Punjab Mental Hospital Lahore 1932-46 - 1932-1946
Year: 1932
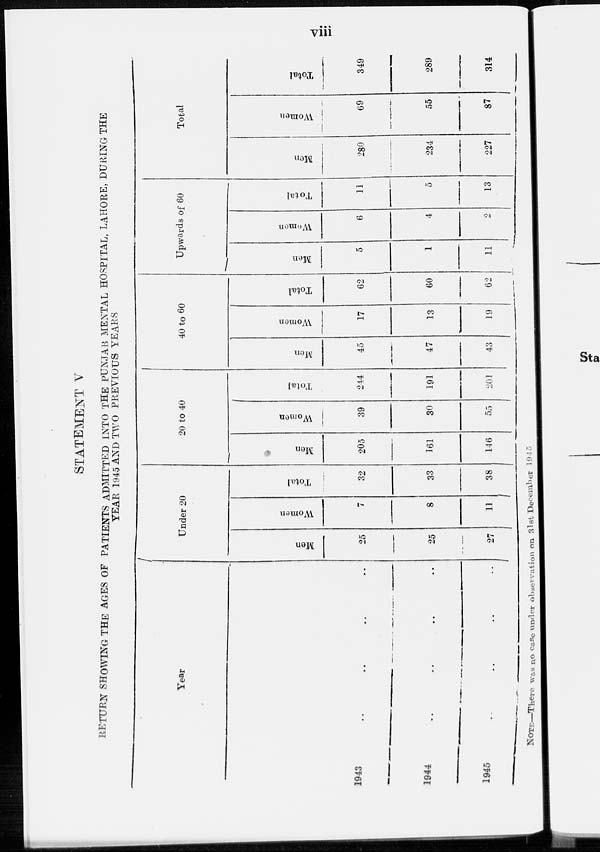
viii
STATEMENT V
RETURN SHOWING THE AGES OF PATIENTS ADMITTED INTO THE PUNJAB MENTAL HOSPITAL, LAHORE, DURING THE
YEAR 1945 AND TWO PREVIOUS YEARS
Year
1943 .. .. .. ..
1944 .. .. .. ..
1945 .. .. .. ..
Under 20
Men
25
25
27
Women
7
8
11
Total
32
33
38
20 to 40
Men
205
161
146
Women
39
30
55
Total
244
191
201
40 to 60
Men
45
47
43
Women
17
13
19
Total
62
60
62
Upwards of 60
Men
5
1
11
Women
6
4
2
Total
11
5
13
Total
Men
280
234
227
Women
69
55
87
Total
349
289
314
NOTE—There was no case under observation on 31st December 1945